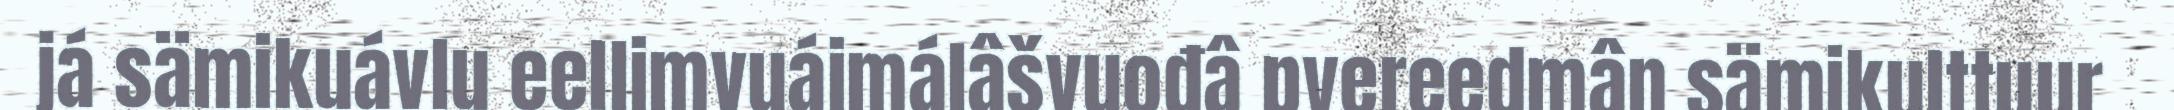
já sämikuávlu eellimvuáimálâšvuođâ pyereedmân sämikulttuur